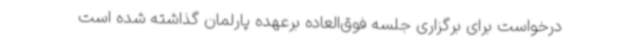
درخواست برای برگزاری جلسه فوق‌العاده برعهده پارلمان گذاشته شده است